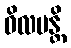
ဝိလပန္တိ